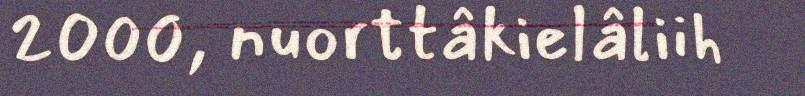
2000, nuorttâkielâliih